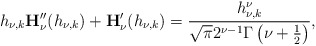
\begin{align*}{h_{\nu,k}}\mathbf{H}_\nu''(h_{\nu,k})+\mathbf{H}_\nu'(h_{\nu,k})=\frac{h_{\nu,k}^{\nu}}{\sqrt{\pi}2^{\nu-1}\Gamma\left(\nu+\frac{1}{2}\right)},\end{align*}